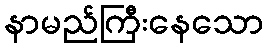
နာမည်ကြီးနေသော